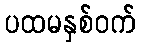
ပထမနှစ်ဝက်